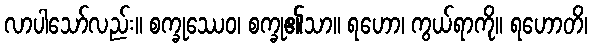
လာပါသော်လည်း။ စက္ခုဿေဝ၊ စက္ခု၏သာ။ ရဟော၊ ကွယ်ရာကို။ ရဟောတိ၊